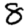
Digit: 8